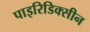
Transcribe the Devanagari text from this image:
पाइरिडिक्सीन